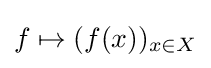
f\mapsto (f(x))_{x\in X}